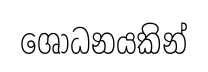
ශෝධනයකින්